Vaccination in Bombay 1913-1923 - 1913-1923
Year: 1913
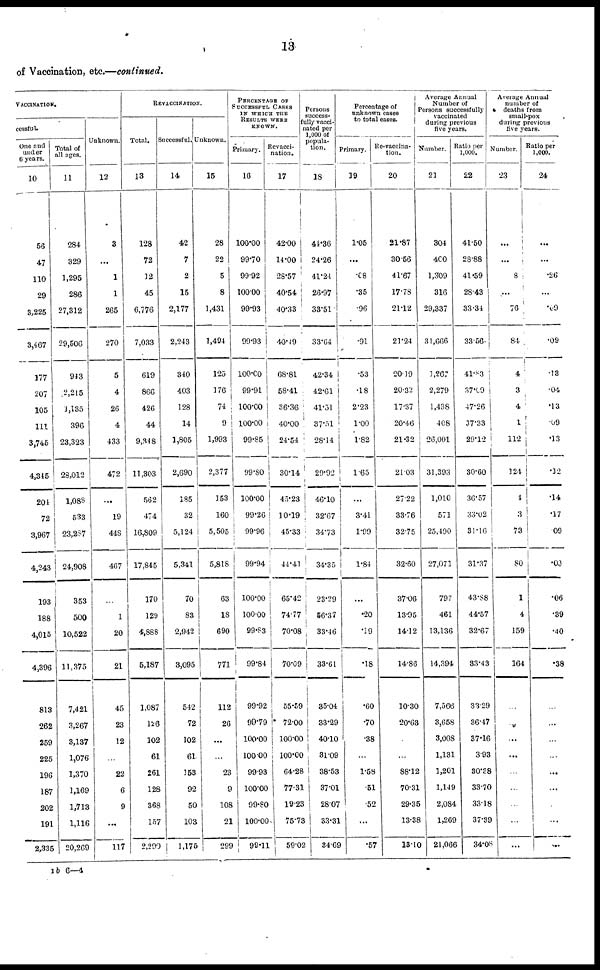
13
of Vaccination, etc.—continued.
VACCINATION.
cessful.
One and
under
6 years.
10
56
47
110
29
3,225
3,467
177
207
105
111
3,745
4,345
204
72
3,967
4,243
193
188
4,015
4,396
813
262
259
225
196
187
202
191
2,335
Total of
all ages.
11
284
329
1,295
286
27,312
29,506
943
2,215
1,135
396
23,323
28,012
1,088
533
23,287
24,908
353
500
10,522
11,375
7,421
3,267
3,137
1,076
1,370
1,169
1,713
1,116
20,269
Unknown.
12
3
...
1
1
265
270
5
4
26
4
433
472
...
19
448
467
...
1
20
21
45
23
12
...
22
6
9
...
117
REVACCINATION.
Total.
13
128
72
12
45
6,776
7,033
619
866
426
44
9,348
11,303
562
474
16,809
17,845
170
129
4,888
5,187
1,087
126
102
61
261
128
368
157
2,290
Successful.
14
42
7
2
15
2,177
2,243
340
403
128
14
1,805
2,690
185
32
5,124
5,341
70
83
2,942
3,095
542
72
102
61
153
92
50
103
1,175
Unknown.
15
28
22
5
8
1,431
1,494
125
176
74
9
1,993
2,377
153
160
5,505
5,818
63
18
690
771
112
26
...
...
23
9
108
21
299
PERCENTAGE OF
SUCCESSFUL CASES
IN WHICH THE
RESULTS WERE
KNOWN.
Primary.
16
100.00
99.70
99.92
100.00
99.93
99.93
100.00
99.91
100.00
100.00
99.85
99.80
100.00
99.26
99.96
99.94
100.00
100.00
99.83
99.84
99.92
99.79
100.00
100.00
99.93
100.00
99.80
100.00
99.11
Revacci-
nation.
17
42.00
14.00
28.57
40.54
40.33
40.49
68.81
58.41
36.36
40.00
24.54
30.14
45.23
10.19
45.33
44.41
65.42
74.77
70.08
70.09
55.59
72.00
100.00
100.00
64.28
77.31
19.23
75.73
59.02
Persons
success-
fully vacci-
nated per
1,000 of
popula-
tion.
18
44.36
24.26
41.24
26.97
33.51
33.64
42.34
42.61
41.51
37.51
28.14
29.92
46.10
32.67
34.73
34.35
23.29
56.37
33.46
33.61
35.04
33.29
40.10
31.09
38.53
37.01
28.07
33.31
34.69
Percentage of
unknown cases
to total cases.
Primary.
19
1.05
...
.08
.35
.96
.91
.53
.18
2.23
1.00
1.82
1.65
...
3.41
1.99
1.84
...
.20
.19
.18
.60
.70
.38
...
1.58
.51
.52
...
.57
Re-vaccina-
tion.
20
21.87
30.56
41.67
17.78
21.12
21.24
20.19
20.32
17.37
20.46
21.32
21.03
27.22
33.76
32.75
32.60
37.06
13.95
14.12
14.86
10.30
20.63
...
...
88.12
70.31
29.35
13.38
13.10
Average Annual
Number of
Persons successfully
vaccinated
during previous
five years.
Number.
21
304
400
1,309
316
29,337
31,666
1,267
2,279
1,438
408
26,001
31,393
1,010
571
25,490
27,071
797
461
13,136
14,394
7,566
3,658
3,008
1,131
1,201
1,149
2,084
1,269
21,066
Ratio per
1,000.
22
41.50
28.88
41.59
28.43
33.34
33.56
41.83
37.09
47.26
37.33
29.12
30.60
36.57
33.02
31.16
31.37
43.88
44.57
32.67
33.43
33.29
36.47
37.16
3.93
30.38
33.70
33.18
37.39
34.08
Average Annual
number of
deaths from
small-pox
during previous
five years.
Number.
23
...
...
8
...
76
84
4
3
4
1
112
124
4
3
73
80
1
4
159
164
...
...
...
...
...
...
...
...
...
Ratio per
1,000.
24
...
...
.26
...
.09
.09
.13
.04
.13
.09
.13
.12
.14
.17
.09
.00
.06
.39
.40
.38
...
...
...
...
...
...
...
...
...
1b 6—4